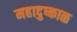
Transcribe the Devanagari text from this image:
महादुष्काळ